Lunatic asylums in Bengal annual reports 1899-1911 - 1899-1911
Year: 1899
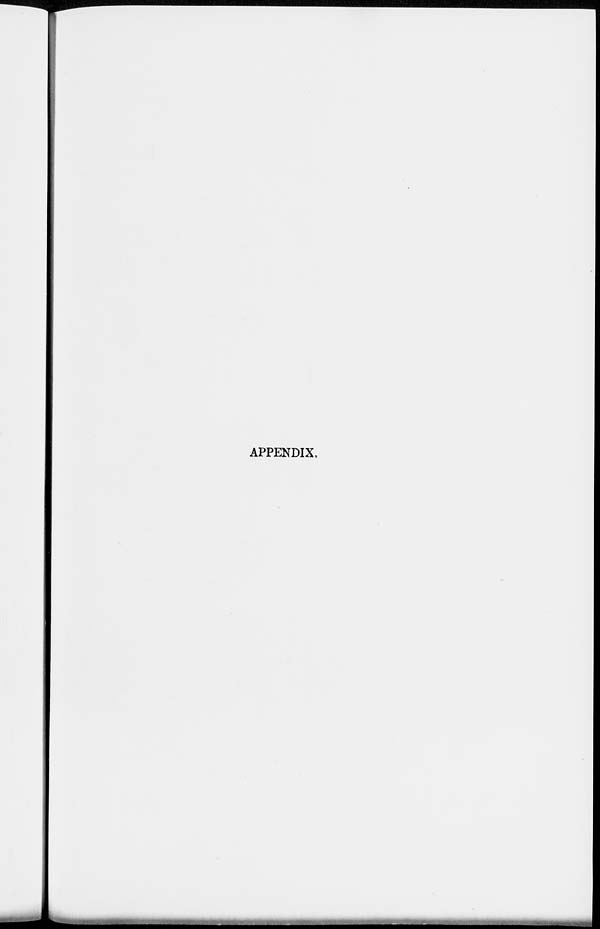
APPENDIX.